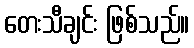
တေးသီချင်း ဖြစ်သည်။